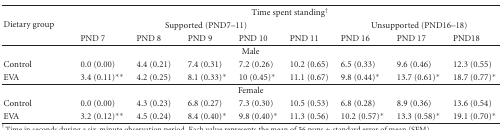
| <ROWSPAN=3> Dietary group | <COLSPAN=8> Time spent standing† |
 | <COLSPAN=5> Supported (PND7–11) | <COLSPAN=3> Unsupported (PND16–18) |
 | PND 7 | PND 8 | PND 9 | PND 10 | PND 11 | PND 16 | PND 17 | PND18 |
 | --- | --- | --- | --- | --- | --- | --- | --- | --- |
 | <COLSPAN=9> Male |
 | Control | 0.0 (0.00) | 4.4 (0.21) | 7.4 (0.31) | 7.2 (0.26) | 10.2 (0.65) | 6.5 (0.33) | 9.6 (0.46) | 12.3 (0.55) |
 | EVA | 3.4 (0.11)** | 4.2 (0.25) | 8.1 (0.33)* | 10 (0.45)* | 11.1 (0.67) | 9.8 (0.44)* | 13.7 (0.61)* | 18.7 (0.77)* |
 | <COLSPAN=9> Female |
 | Control | 0.0 (0.00) | 4.3 (0.23) | 6.8 (0.27) | 7.3 (0.30) | 10.5 (0.53) | 6.8 (0.28) | 8.9 (0.36) | 13.6 (0.54) |
 | EVA | 3.2 (0.12)** | 4.5 (0.24) | 8.4 (0.40)* | 9.8 (0.40)* | 11.3 (0.56) | 10.2 (0.57)* | 13.3 (0.58)* | 19.1 (0.70)* |